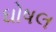
ઘોષલ